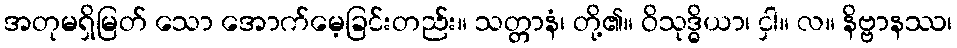
အတုမရှိမြတ် သော အောက်မေ့ခြင်းတည်း။ သတ္တာနံ၊ တို့၏။ ဝိသုဒ္ဓိယာ၊ ငှါ။ လ။ နိဗ္ဗာနဿ၊